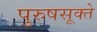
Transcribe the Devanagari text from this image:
पुरुषसूक्ते